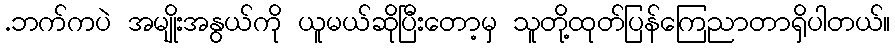
.ဘက်ကပဲ အမျိုးအနွယ်ကို ယူမယ်ဆိုပြီးတော့မှ သူတို့ထုတ်ပြန်ကြေညာတာရှိပါတယ်။